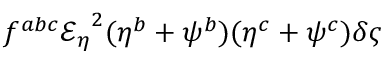
f ^ { a b c } { { \mathcal { E } _ { \eta } } } ^ { 2 } ( \eta ^ { b } + \psi ^ { b } ) ( \eta ^ { c } + \psi ^ { c } ) \delta \varsigma